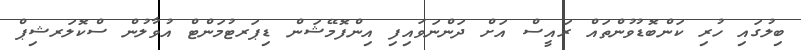
ބިލުގައި ހުރި ކަންބޮޑުވުންތައް ރައީސް އަށް ދަންނަވައިފި އިންފޮމޭޝަން ޑިޕަރޓުމަންޓް އުވާލުން ސްކޮލަރޝިޕް